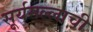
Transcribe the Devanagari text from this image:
सूर्यमल्लाची